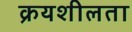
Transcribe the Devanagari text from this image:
क्रयशीलता